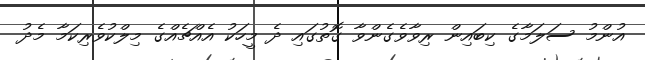
އުންމު ސަލަމާގެ ކިބައިން ރިވާވެގެންވާ ގޮތުގައި ދެ މީހަކު އެއްޗެއްގެ މިލްކުވެރިކަމާ މެދު